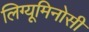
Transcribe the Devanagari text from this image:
लिग्यूमिनोसी